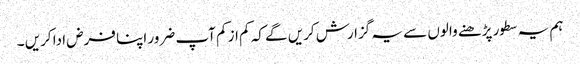
ہم یہ سطور پڑھنے والوں سے یہ گزارش کریں گے کہ کم از کم آپ ضرور اپنا فرض ادا کریں ۔